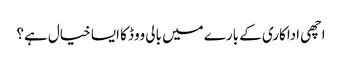
اچھی اداکاری کے بارے میں بالی ووڈ کا ایسا خیال ہے؟